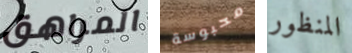
المراهق محبوسة المنظور